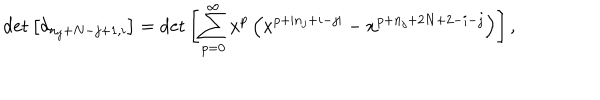
\det \left[ d _ { n _ { j } + N - j + 1 , i } \right] = \det \left[ \sum _ { p = 0 } ^ { \infty } x ^ { p } \left( x ^ { p + | n _ { j } + i - j | } - x ^ { p + n _ { j } + 2 N + 2 - i - j } \right) \right] ,